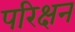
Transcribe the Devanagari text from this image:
परिक्षन